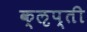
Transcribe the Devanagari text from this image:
क्‍ऌप्ती